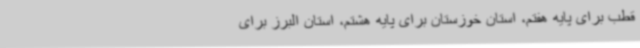
قطب برای پایه هفتم، استان خوزستان برای پایه هشتم، استان البرز برای